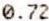
0.72